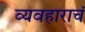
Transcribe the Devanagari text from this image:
व्यवहाराचं